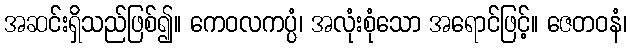
အဆင်းရှိသည်ဖြစ်၍။ ကေဝလကပ္ပံ၊ အလုံးစုံသော အရောင်ဖြင့်။ ဇေတဝနံ၊